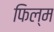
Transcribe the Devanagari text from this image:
फिल्म